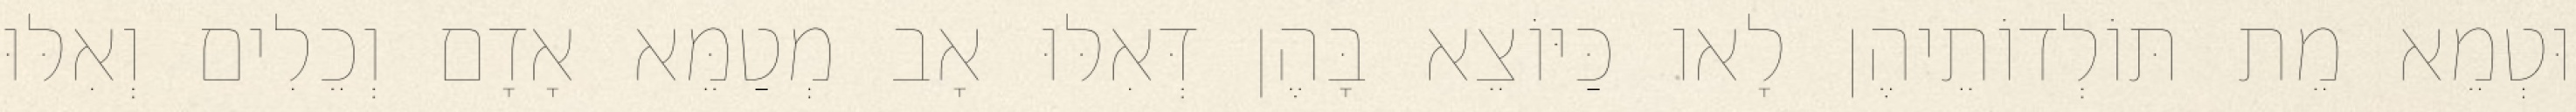
וּטְמֵא מֵת תּוֹלְדוֹתֵיהֶן לָאו כַּיּוֹצֵא בָּהֶן דְּאִלּוּ אָב מְטַמֵּא אָדָם וְכֵלִים וְאִלּוּ